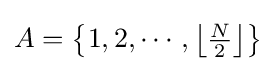
A=\left\{1,2,\cdots ,\left\lfloor {\tfrac {N}{2}}\right\rfloor \right\}